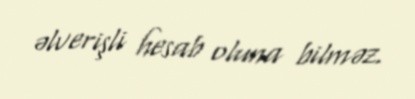
əlverişli hesab oluna bilməz.